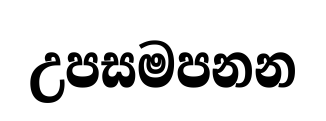
උපසමපනන